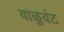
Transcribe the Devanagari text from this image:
वाळुवंट